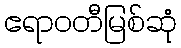
ဧရာဝတီမြစ်ဆုံ